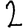
Digit: 2